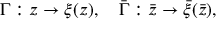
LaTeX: \Gamma : z \rightarrow \xi ( z ) , \quad \bar { \Gamma } : \bar { z } \rightarrow \bar { \xi } ( \bar { z } ) ,